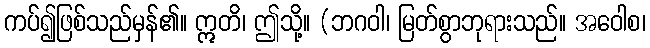
ကပ်၍ဖြစ်သည်မှန်၏။ ဣတိ၊ ဤသို့။ (ဘဂဝါ၊ မြတ်စွာဘုရားသည်။ အဝေါစ၊